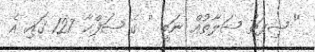
'' ޞިފަތު ޞަލާތުއް ނަބީ '' ގެ ޞަފްޙާ 127 ގައި އެ